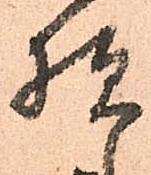
様